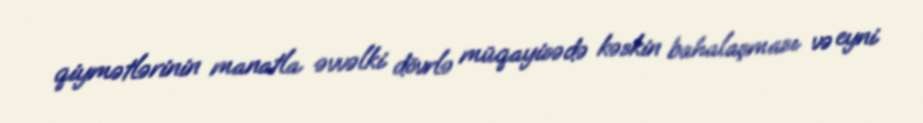
qiymətlərinin manatla əvvəlki dövrlə müqayisədə kəskin bahalaşması və eyni